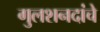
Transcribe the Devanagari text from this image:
गुलशनदांचे